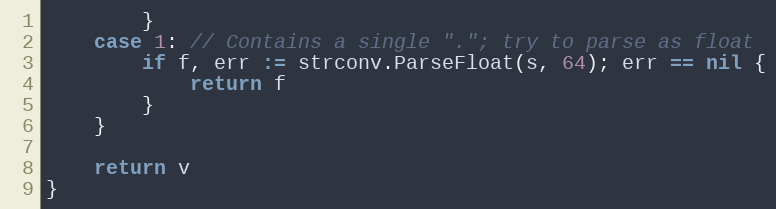
Language: Go
		}
	case 1: // Contains a single "."; try to parse as float
		if f, err := strconv.ParseFloat(s, 64); err == nil {
			return f
		}
	}

	return v
}